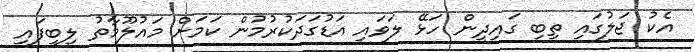
އެކު ޖަލުގައި ތިބި ގައިދީން ހަޅޭ ލަވައި އަޑުގަދަކުރުމުން ކަމަށް މައުލޫމާތު ލިބިފައި